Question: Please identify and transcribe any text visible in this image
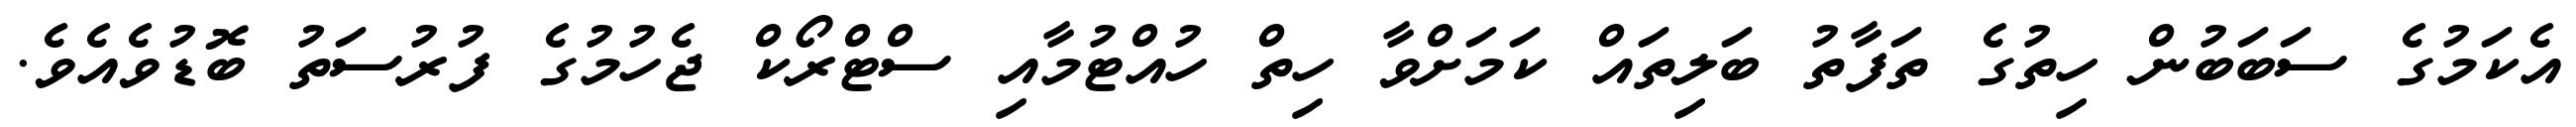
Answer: އެކަމުގެ ސަބަބުން ހިތުގެ ތަފާތު ބަލިތައް ކަމަށްވާ ހިތް ހުއްޓުމާއި ސްޓްރޯކް ޖެހުމުގެ ފުރުސަތު ބޮޑުވެއެވެ.